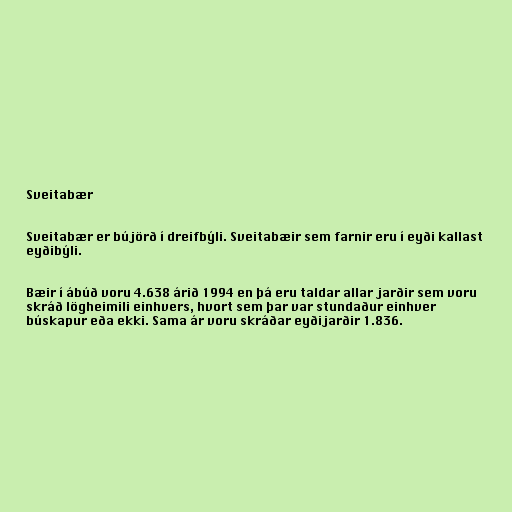
Sveitabær

Sveitabær er bújörð í dreifbýli. Sveitabæir sem farnir eru í eyði kallast
eyðibýli.

Bæir í ábúð voru 4.638 árið 1994 en þá eru taldar allar jarðir sem voru
skráð lögheimili einhvers, hvort sem þar var stundaður einhver
búskapur eða ekki. Sama ár voru skráðar eyðijarðir 1.836.